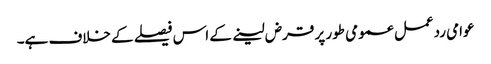
عوامی ردعمل عمومی طور پر قرض لینے کے اس فیصلے کے خلاف ہے۔